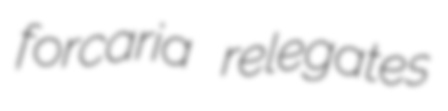
forcaria relegates